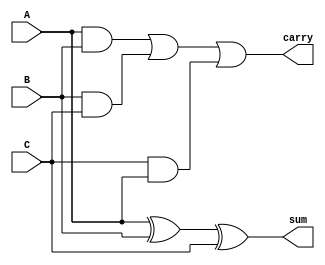
module carry_save_adder (
    input [N-1:0] A,
    input [N-1:0] B,
    input [N-1:0] C,
    output [N-1:0] sum,
    output [N-1:0] carry
);
    parameter N = 8; // Width of the inputs

    assign sum = A ^ B ^ C;          // Sum is the XOR of the three inputs
    assign carry = (A & B) | (B & C) | (C & A); // Carry is the AND combinations

endmodule